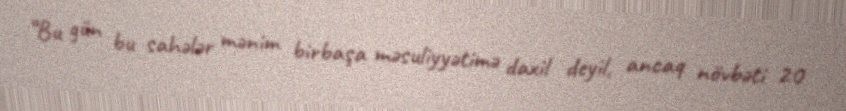
“Bu gün bu sahələr mənim birbaşa məsuliyyətimə daxil deyil, ancaq növbəti 20